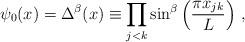
LaTeX: \begin{align*}\psi_0(x) =\Delta^\beta(x) \equiv\prod_{j<k}\sin^\beta\left(\frac{\pi x_{jk}}{L}\right) \, ,\end{align*}